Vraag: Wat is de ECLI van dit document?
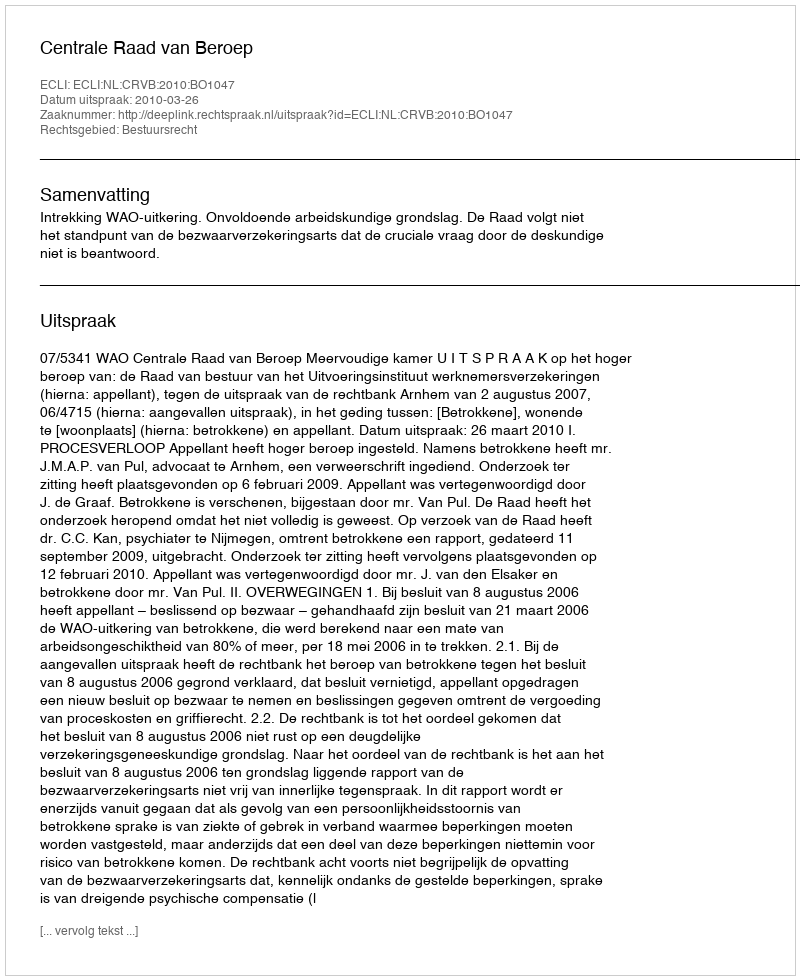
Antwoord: ECLI:NL:CRVB:2010:BO1047